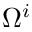
\Omega ^ { i }